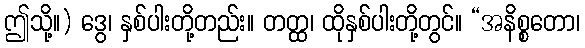
ဤသို့။) ဒွေ၊ နှစ်ပါးတို့တည်း။ တတ္ထ၊ ထိုနှစ်ပါးတို့တွင်။ “အနိစ္စတော၊